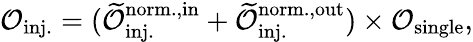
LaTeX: \mathcal{O}_{\mathrm{inj.}}=(\mathcal{\widetilde{O}}_{\mathrm{inj.}}^{\mathrm{norm.,in}}+\mathcal{\widetilde{O}}_{\mathrm{inj.}}^{\mathrm{norm.,out}})\times\mathcal{O}_{\mathrm{single}},